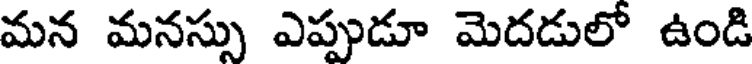
మన మనస్సు ఎప్పుడూ మెదడులో ఉండి